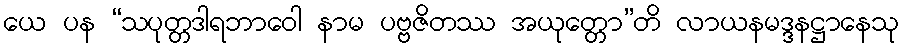
ယေ ပန “သပုတ္တဒါရဘာဝေါ နာမ ပဗ္ဗဇိတဿ အယုတ္တော”တိ လာယနမဒ္ဒနဋ္ဌာနေသု